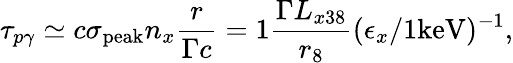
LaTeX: \tau_{p\gamma}\simeq c\sigma_{\mathrm{peak}}n_{x}\frac{r}{\Gamma c}=1\frac{\Gamma L_{x38}}{r_{8}}(\epsilon_{x}/1\mathrm{keV})^{-1},